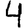
Digit: 4